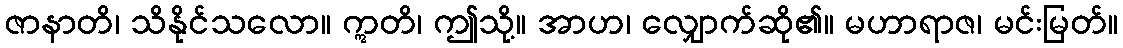
ဇာနာတိ၊ သိနိုင်သလော။ ဣတိ၊ ဤသို့။ အာဟ၊ လျှောက်ဆို၏။ မဟာရာဇ၊ မင်းမြတ်။